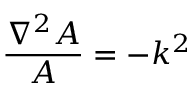
{ \frac { \nabla ^ { 2 } A } { A } } = - k ^ { 2 }